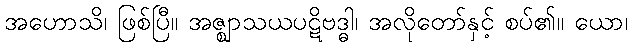
အဟောသိ၊ ဖြစ်ပြီ။ အဇ္ဈာသယပဋိဗဒ္ဓါ၊ အလိုတော်နှင့် စပ်၏။ ယော၊